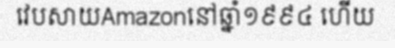
វេបសាយAmazonនៅឆ្នាំ១៩៩៤ ហើយ